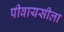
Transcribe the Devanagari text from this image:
पीवायसीला